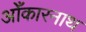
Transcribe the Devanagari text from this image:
ओँकारनाथ